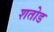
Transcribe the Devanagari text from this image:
शतोड